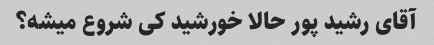
آقای رشید پور حالا خورشید کی شروع میشه؟